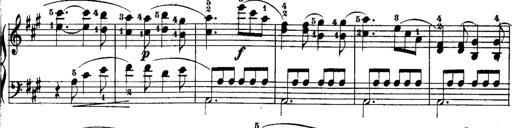
Title: Rondos and Sonatinas for Pianoforte
Composer: Daniel Steibelt